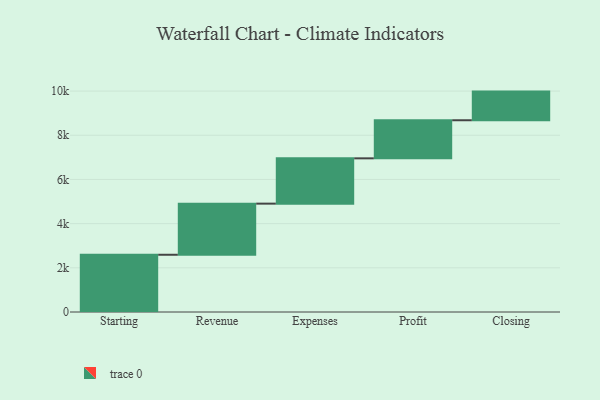
{"axis": {"x": "Step", "y": "Value"}, "legend": [""], "data": [{"x": "Starting", "y": 2591.0, "type": ""}, {"x": "Revenue", "y": 2314.0, "type": ""}, {"x": "Expenses", "y": 2051.0, "type": ""}, {"x": "Profit", "y": 1724.0, "type": ""}, {"x": "Closing", "y": 1297.0, "type": ""}]}